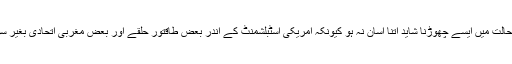
مگر افغانستان کو بغیر مستحکم اور پرامن ہوئے بغیر امریکہ کو موجودہ حالت میں ایسے چھوڑنا شاید اتنا آسان نہ ہو کیونکہ امریکی اسٹبلشمنٹ کے اندر بعض طاقتور حلقے اور بعض مغربی اتحادی بغیر سوچے سمجھے افغانستان میں قیام امن کے بغیر نکلنے کے حق میں نہیں ۔